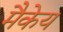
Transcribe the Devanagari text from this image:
मैकेय